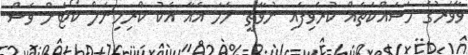
ވާވަރުގެ މަސައްކަތެއް ކުރެވިފައި ނުވާތީ. ހަމަ އެއާ އެކު ކްރިމިނަލް ކޯޓަށް ވެސް